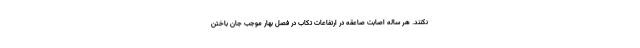
نکنند. هر ساله اصابت صاعقه در ارتفاعات تکاب در فصل بهار موجب جان باختن